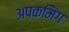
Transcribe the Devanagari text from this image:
अपकमिंग